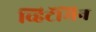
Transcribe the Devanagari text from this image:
व्हिटॅमिन